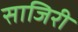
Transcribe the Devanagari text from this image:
साजिरी